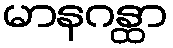
မာနဂန္ထာ